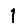
Digit: 1